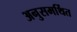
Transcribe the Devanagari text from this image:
अनुसमर्थित